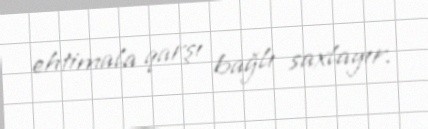
ehtimala qarşı bağlı saxlayır.